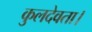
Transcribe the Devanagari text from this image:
कुलदेवता।